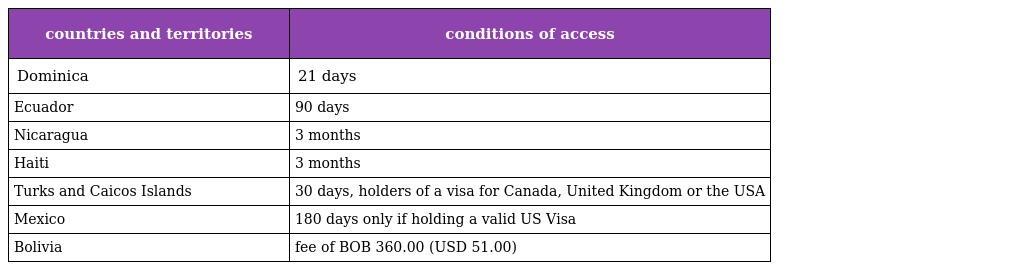
| countries and territories | conditions of access |
 | --- | --- |
 | Dominica | 21 days |
 | Ecuador | 90 days |
 | Nicaragua | 3 months |
 | Haiti | 3 months |
 | Turks and Caicos Islands | 30 days, holders of a visa for Canada, United Kingdom or the USA |
 | Mexico | 180 days only if holding a valid US Visa |
 | Bolivia | fee of BOB 360.00 (USD 51.00) |